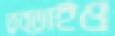
তুব্‌ড়াইও